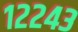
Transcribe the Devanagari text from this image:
१२२४३